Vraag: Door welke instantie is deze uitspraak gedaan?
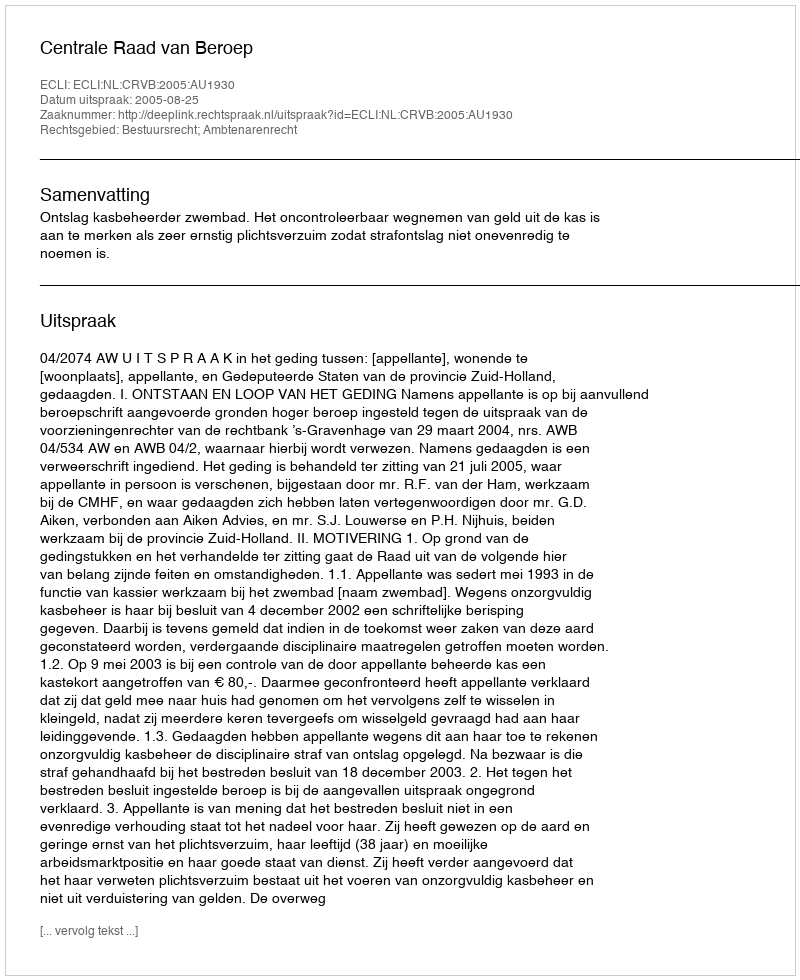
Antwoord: Centrale Raad van Beroep